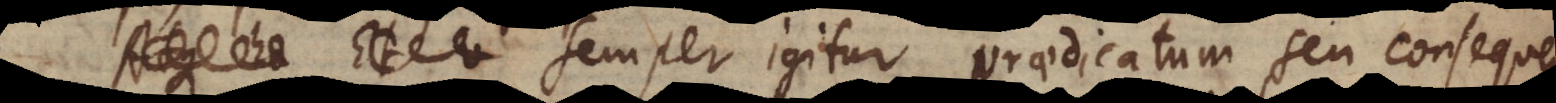
Semper igitur praedicatum seu consequens